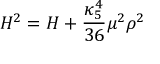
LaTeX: H ^ { 2 } = { \cal H } + \frac { \kappa _ { 5 } ^ { 4 } } { 3 6 } \mu ^ { 2 } \rho ^ { 2 }